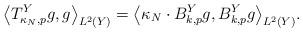
LaTeX: \begin{align*}\big\langle T_{\kappa_N, p}^Y g, g \big\rangle_{L^2(Y)}=\big\langle \kappa_N \cdot B_{k, p}^Y g, B_{k, p}^Y g \big\rangle_{L^2(Y)}.\end{align*}